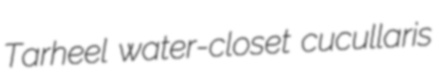
Tarheel water-closet cucullaris